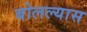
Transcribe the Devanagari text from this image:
बोलल्यास